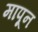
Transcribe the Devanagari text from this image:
मापून